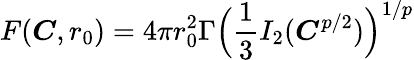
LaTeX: F(\boldsymbol{C},r_{0})=4\pi r_{0}^{2}\Gamma\Big(\frac{1}{3}I_{2}(\boldsymbol{C}^{p/2})\Big)^{1/p}